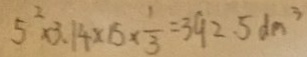
5 ^ { 2 } \times 3 . 1 4 \times 1 5 \times \frac { 1 } { 3 } = 3 9 2 . 5 d m ^ { 3 }